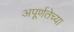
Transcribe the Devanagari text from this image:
अपूर्णतेच्या